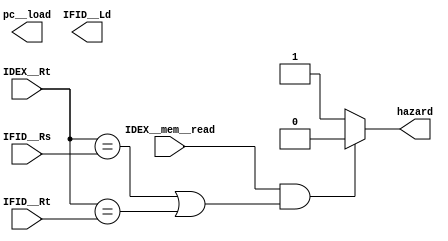
module hazard_u (IDEX__Rt, IFID__Rs, IFID__Rt, IDEX__mem__read, pc__load, IFID__Ld, hazard);
    input [4:0] IDEX__Rt, IFID__Rs, IFID__Rt;
    input IDEX__mem__read;
    output reg pc__load, IFID__Ld, hazard;
    assign {IFID_Ld,pc_load} = (IDEX__mem__read && ((IDEX__Rt == IFID__Rs) || (IDEX__Rt == IFID__Rt))) ? 2'b00 : 2'b11;
    assign hazard = (IDEX__mem__read && ((IDEX__Rt == IFID__Rs) || (IDEX__Rt== IFID__Rt))) ? 1'b0:1'b1;
    
endmodule